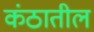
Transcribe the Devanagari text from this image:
कंठातील